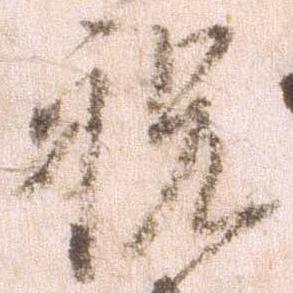
祝